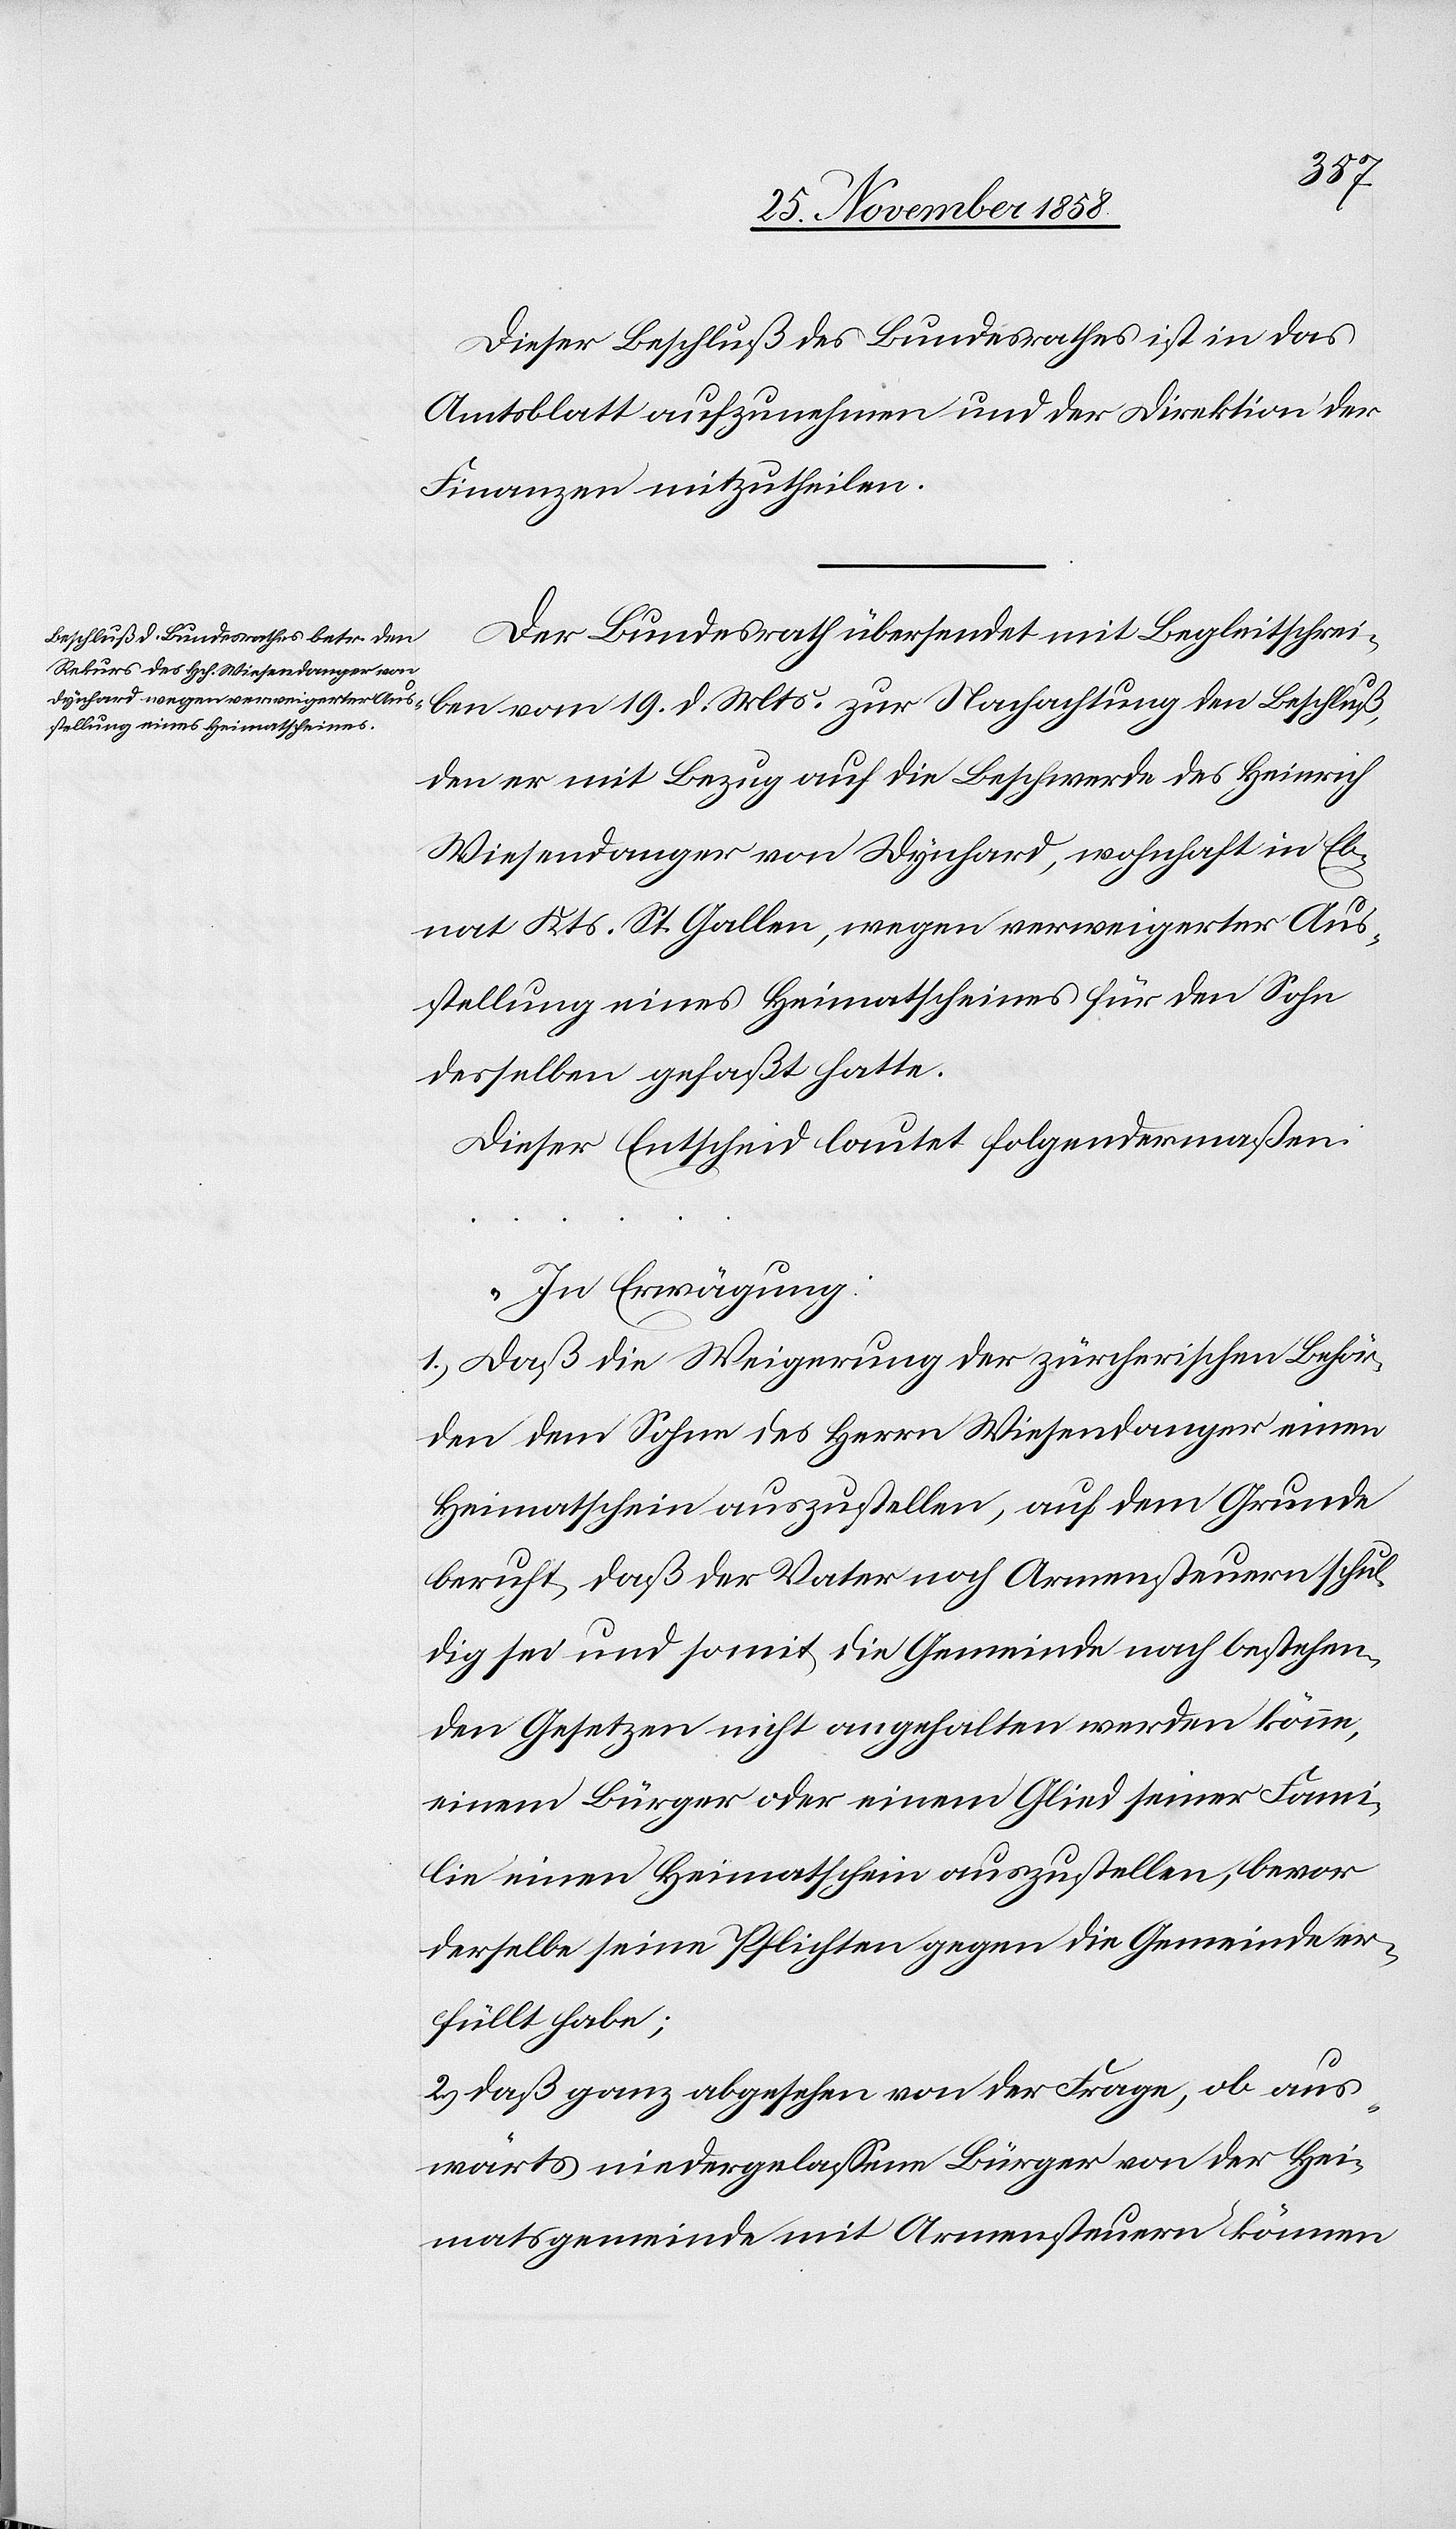
Dieser Beschluß des Bundesrathes ist in das
Amtsblatt aufzunehmen und der Direktion der
Finanzen mitzutheilen.
Der Bundesrath übersendet mit Begleitschrei¬
ben vom 19. d. Mts. zur Nachachtung den Beschluß,
den er mit Bezug auf die Beschwerde des Heinrich
Wiesendanger von Dynhard, wohnhaft in Eb¬
nat Kts. St. Gallen, wegen verweigerter Aus¬
stellung eines Heimatscheines für den Sohn
deselben gefaßt hatte.
Dieser Entscheid lautet folgendermaßen:
„In Erwägung:
1.) Daß die Weigerung der zürcherischen Behör¬
den dem Sohne des Herrn Wiesendanger einen
Heimatschein auszustellen, auf dem Grunde
beruht, daß der Vater noch Armensteuern schul¬
dig sei und somit die Gemeinde nach bestehen¬
den Gesetzen nicht angehalten werden könne,
einem Bürger oder einem Glied seiner Fami¬
lie einen Heimatschein auszustellen, bevor
derselbe seine Pflichten gegen die Gemeinde er¬
füllt habe;
2.) daß ganz abgesehen von der Frage, ob aus¬
wärts niedergelassene Bürger von der Hei¬
matsgemeinde mit Armensteuern können